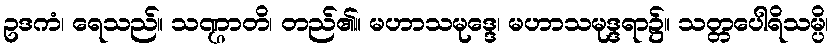
ဥဒကံ၊ ရေသည်။ သဏ္ဌာတိ၊ တည်၏။ မဟာသမုဒ္ဒေ၊ မဟာသမုဒ္ဒရာ၌။ သတ္တပေါရိသမ္ပိ၊